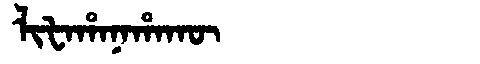
Manchu: ᠯᡳᡶᠠᡥᠠᠨᠠᡥᠠᡴᡡ
Romanization: LIFAHANAHAKŪ